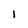
Character: 1